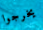
يخرجوا